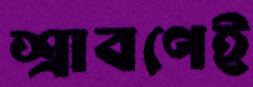
শ্রাবণেই